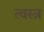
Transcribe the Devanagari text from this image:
त्वस्त्र